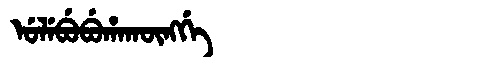
Manchu: ᡠᠯᡝᠪᡠᠪᡠᡥᠠᡴᡡᠩᡤᡝ
Romanization: ULEBUBUHAKŪNGGE